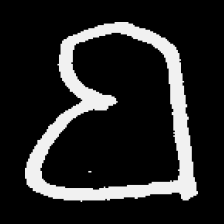
Pyu character \u2014 Myanmar letter: ဗ (romanized: ba)